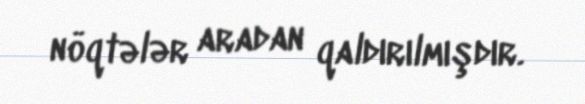
nöqtələr aradan qaldırılmışdır.